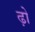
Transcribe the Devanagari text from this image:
ढ़ो